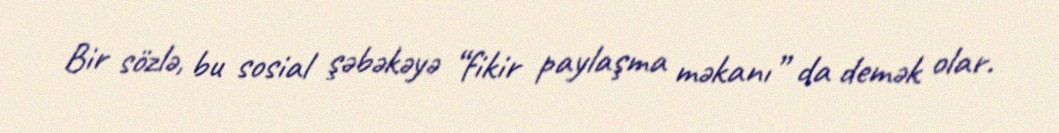
Bir sözlə, bu sosial şəbəkəyə “fikir paylaşma məkanı” da demək olar.